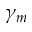
\gamma _ { m }